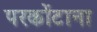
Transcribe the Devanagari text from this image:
परकोंटाना